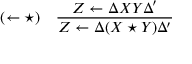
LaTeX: ( \leftarrow \star ) \quad { \frac { Z \leftarrow \Delta X Y \Delta ^ { \prime } } { Z \leftarrow \Delta ( X \star Y ) \Delta ^ { \prime } } }